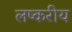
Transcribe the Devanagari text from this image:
लष्करीय